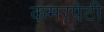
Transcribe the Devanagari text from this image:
कमरपेटी